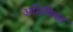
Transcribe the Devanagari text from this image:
अभिषिक्‍त